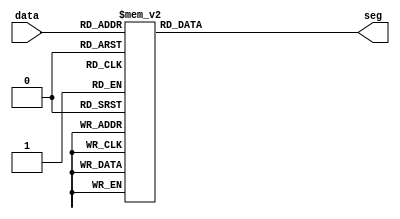
`timescale 1ns / 10ps
//////////////////////////////////////////////////////////////////////////////////
// Company: 
// Engineer: 
// 
// Design Name: 
// Module Name: decoderbcd
// Project Name: 
// Target Devices: 
// Tool Versions: 
// Description: 
// 
// Dependencies: 
// 
// Revision:
// Revision 0.01 - File Created
// Additional Comments:
// 
//////////////////////////////////////////////////////////////////////////////////

module decoderbcd_coan(
    input [4:0]data,
    output reg [6:0]seg
    );
    
    initial begin
        seg = ~7'h00;
    end
    
    always @ (data) begin
        case (data)
                     //     .GFEDCBA    
         5'b00000: seg = ~7'b0111111;
         5'b00001: seg = ~7'b0000110;
         5'b00010: seg = ~7'b1011011;
         5'b00011: seg = ~7'b1001111;
         5'b00100: seg = ~7'b1100110;
         5'b00101: seg = ~7'b1101101;
         5'b00110: seg = ~7'b1111101;
         5'b00111: seg = ~7'b0000111;
         5'b01000: seg = ~7'b1111111;
         5'b01001: seg = ~7'b1101111;
         5'b01010: seg = ~7'b1110111;
         5'b01011: seg = ~7'b1111100;
         5'b01100: seg = ~7'b0111001;
         5'b01101: seg = ~7'b1011110;
         5'b01110: seg = ~7'b1111001;
         5'b01111: seg = ~7'b1110001;
         5'b10000: seg = ~7'b1000000;
         default:  seg = ~7'b0000000;
    
        endcase
    end
endmodule